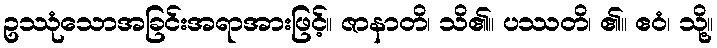
ဥဿုံသောအခြင်းအရာအားဖြင့်။ ဇာနာတိ၊ သိ၏။ ပဿတိ၊ ၏။ ဧဝံ၊ သို့။